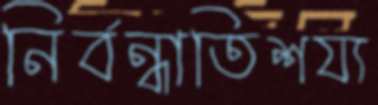
নির্বন্ধাতিশয্য